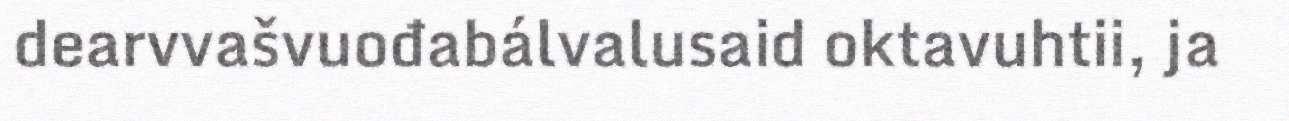
dearvvašvuođabálvalusaid oktavuhtii, ja